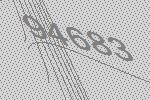
94683